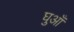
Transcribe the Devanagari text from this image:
घुआँ